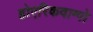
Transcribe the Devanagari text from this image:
होएरिकवाग्गो